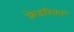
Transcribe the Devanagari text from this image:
फ्रेडरिका